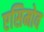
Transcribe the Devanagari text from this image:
एसिमोव